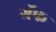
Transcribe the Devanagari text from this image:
ग्रॅफ